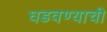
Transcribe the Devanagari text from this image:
घडवण्याची